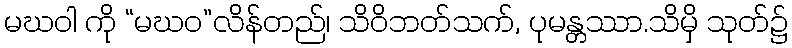
မဃဝါ ကို “မဃဝ”လိန်တည်၊ သိဝိဘတ်သက်, ပုမန္တဿာ.သိမှိ သုတ်၌